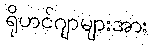
ရိုဟင်ဂျာများအား